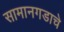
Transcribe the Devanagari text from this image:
सामानगडाचे